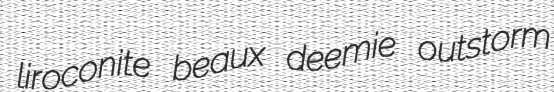
liroconite beaux deemie outstorm